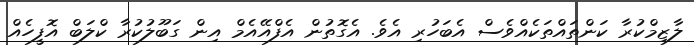
ލާޒިމްކުރާ ކަންތައްތަކެއްވެސް އެބަހުރި އެވެ. އެގޮތުން އެފްއޭއެމް އިން ގަބޫލުކުރާ ކްލަބް އޮފީހެއް